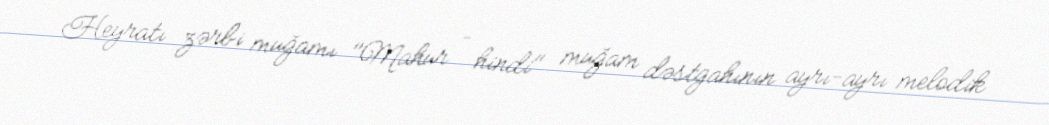
Heyratı zərbi muğamı "Mahur – hindi" muğam dəstgahının ayrı-ayrı melodik